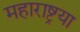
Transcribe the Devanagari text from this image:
महाराष्ट्रया